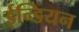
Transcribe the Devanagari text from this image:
ईन्डियन